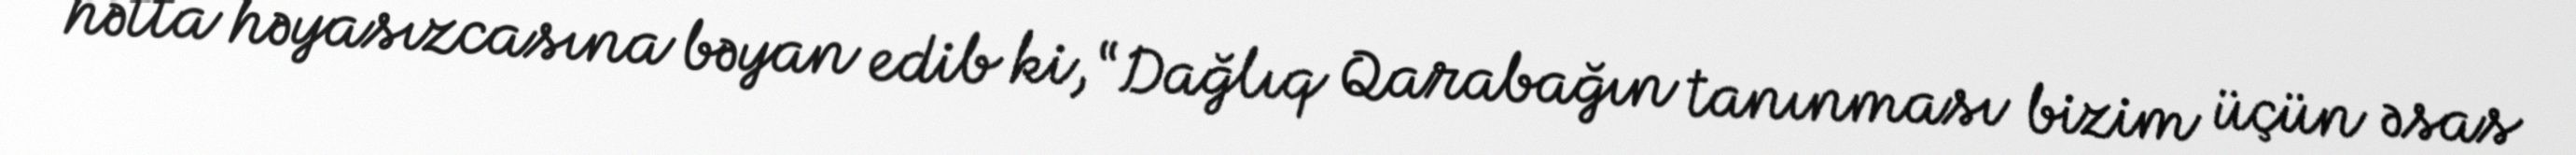
hətta həyasızcasına bəyan edib ki, “Dağlıq Qarabağın tanınması bizim üçün əsas